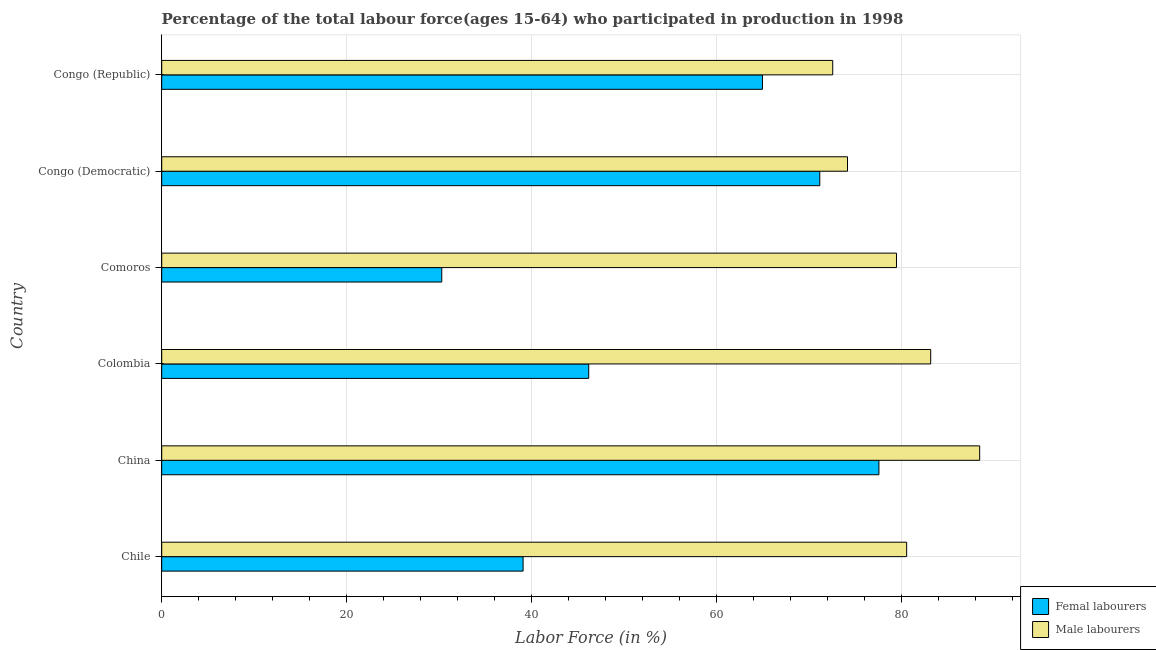
| Country | Femal labourers | Male labourers |
 | --- | --- | --- |
 | Chile | 39.1 | 80.6 |
 | China | 77.6 | 88.5 |
 | Colombia | 46.2 | 83.2 |
 | Comoros | 30.3 | 79.5 |
 | Congo (Democratic) | 71.2 | 74.2 |
 | Congo (Republic) | 65 | 72.6 |